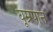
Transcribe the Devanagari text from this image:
घूम्रपान